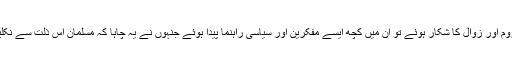
مسلمان جب دنیاوی اقتدار سے محروم اور زوال کا شکار ہوئے تو ان میں کچھ ایسے مفکرین اور سیاسی راہنما پیدا ہوئے جنہوں نے یہ چاہا کہ مسلمان اس ذلت سے نکلیں اور ان کی عظمتِ رفتہ بحال ہو۔